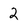
Character: 2